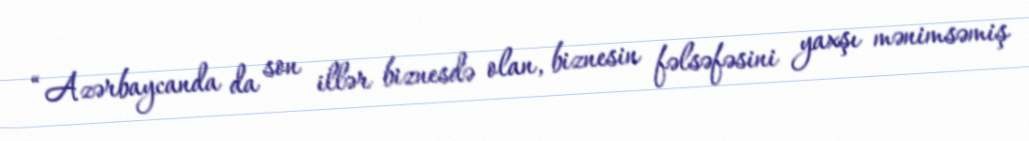
“Azərbaycanda da son illər biznesdə olan, biznesin fəlsəfəsini yaxşı mənimsəmiş